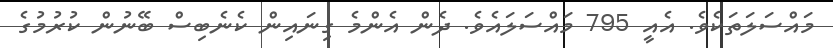
މައްސަލަތަކެވެ. އެއީ 795 މައްސަލައެވެ. ދެން އެންމެ ގިނައިން ކެނެބިސް ބޭނުން ކުރުމުގެ